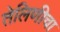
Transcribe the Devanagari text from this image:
तेलिणीचा